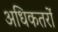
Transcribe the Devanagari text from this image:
अधिकतरों